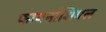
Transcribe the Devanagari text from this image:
फायनांशियल